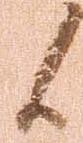
候